DOW-UAP-D63, Mission Report, Strait of Hormuz, October 2020
Agency: Department of War
Incident date: 10/1/20
Incident location: Strait of Hormuz
Page 4
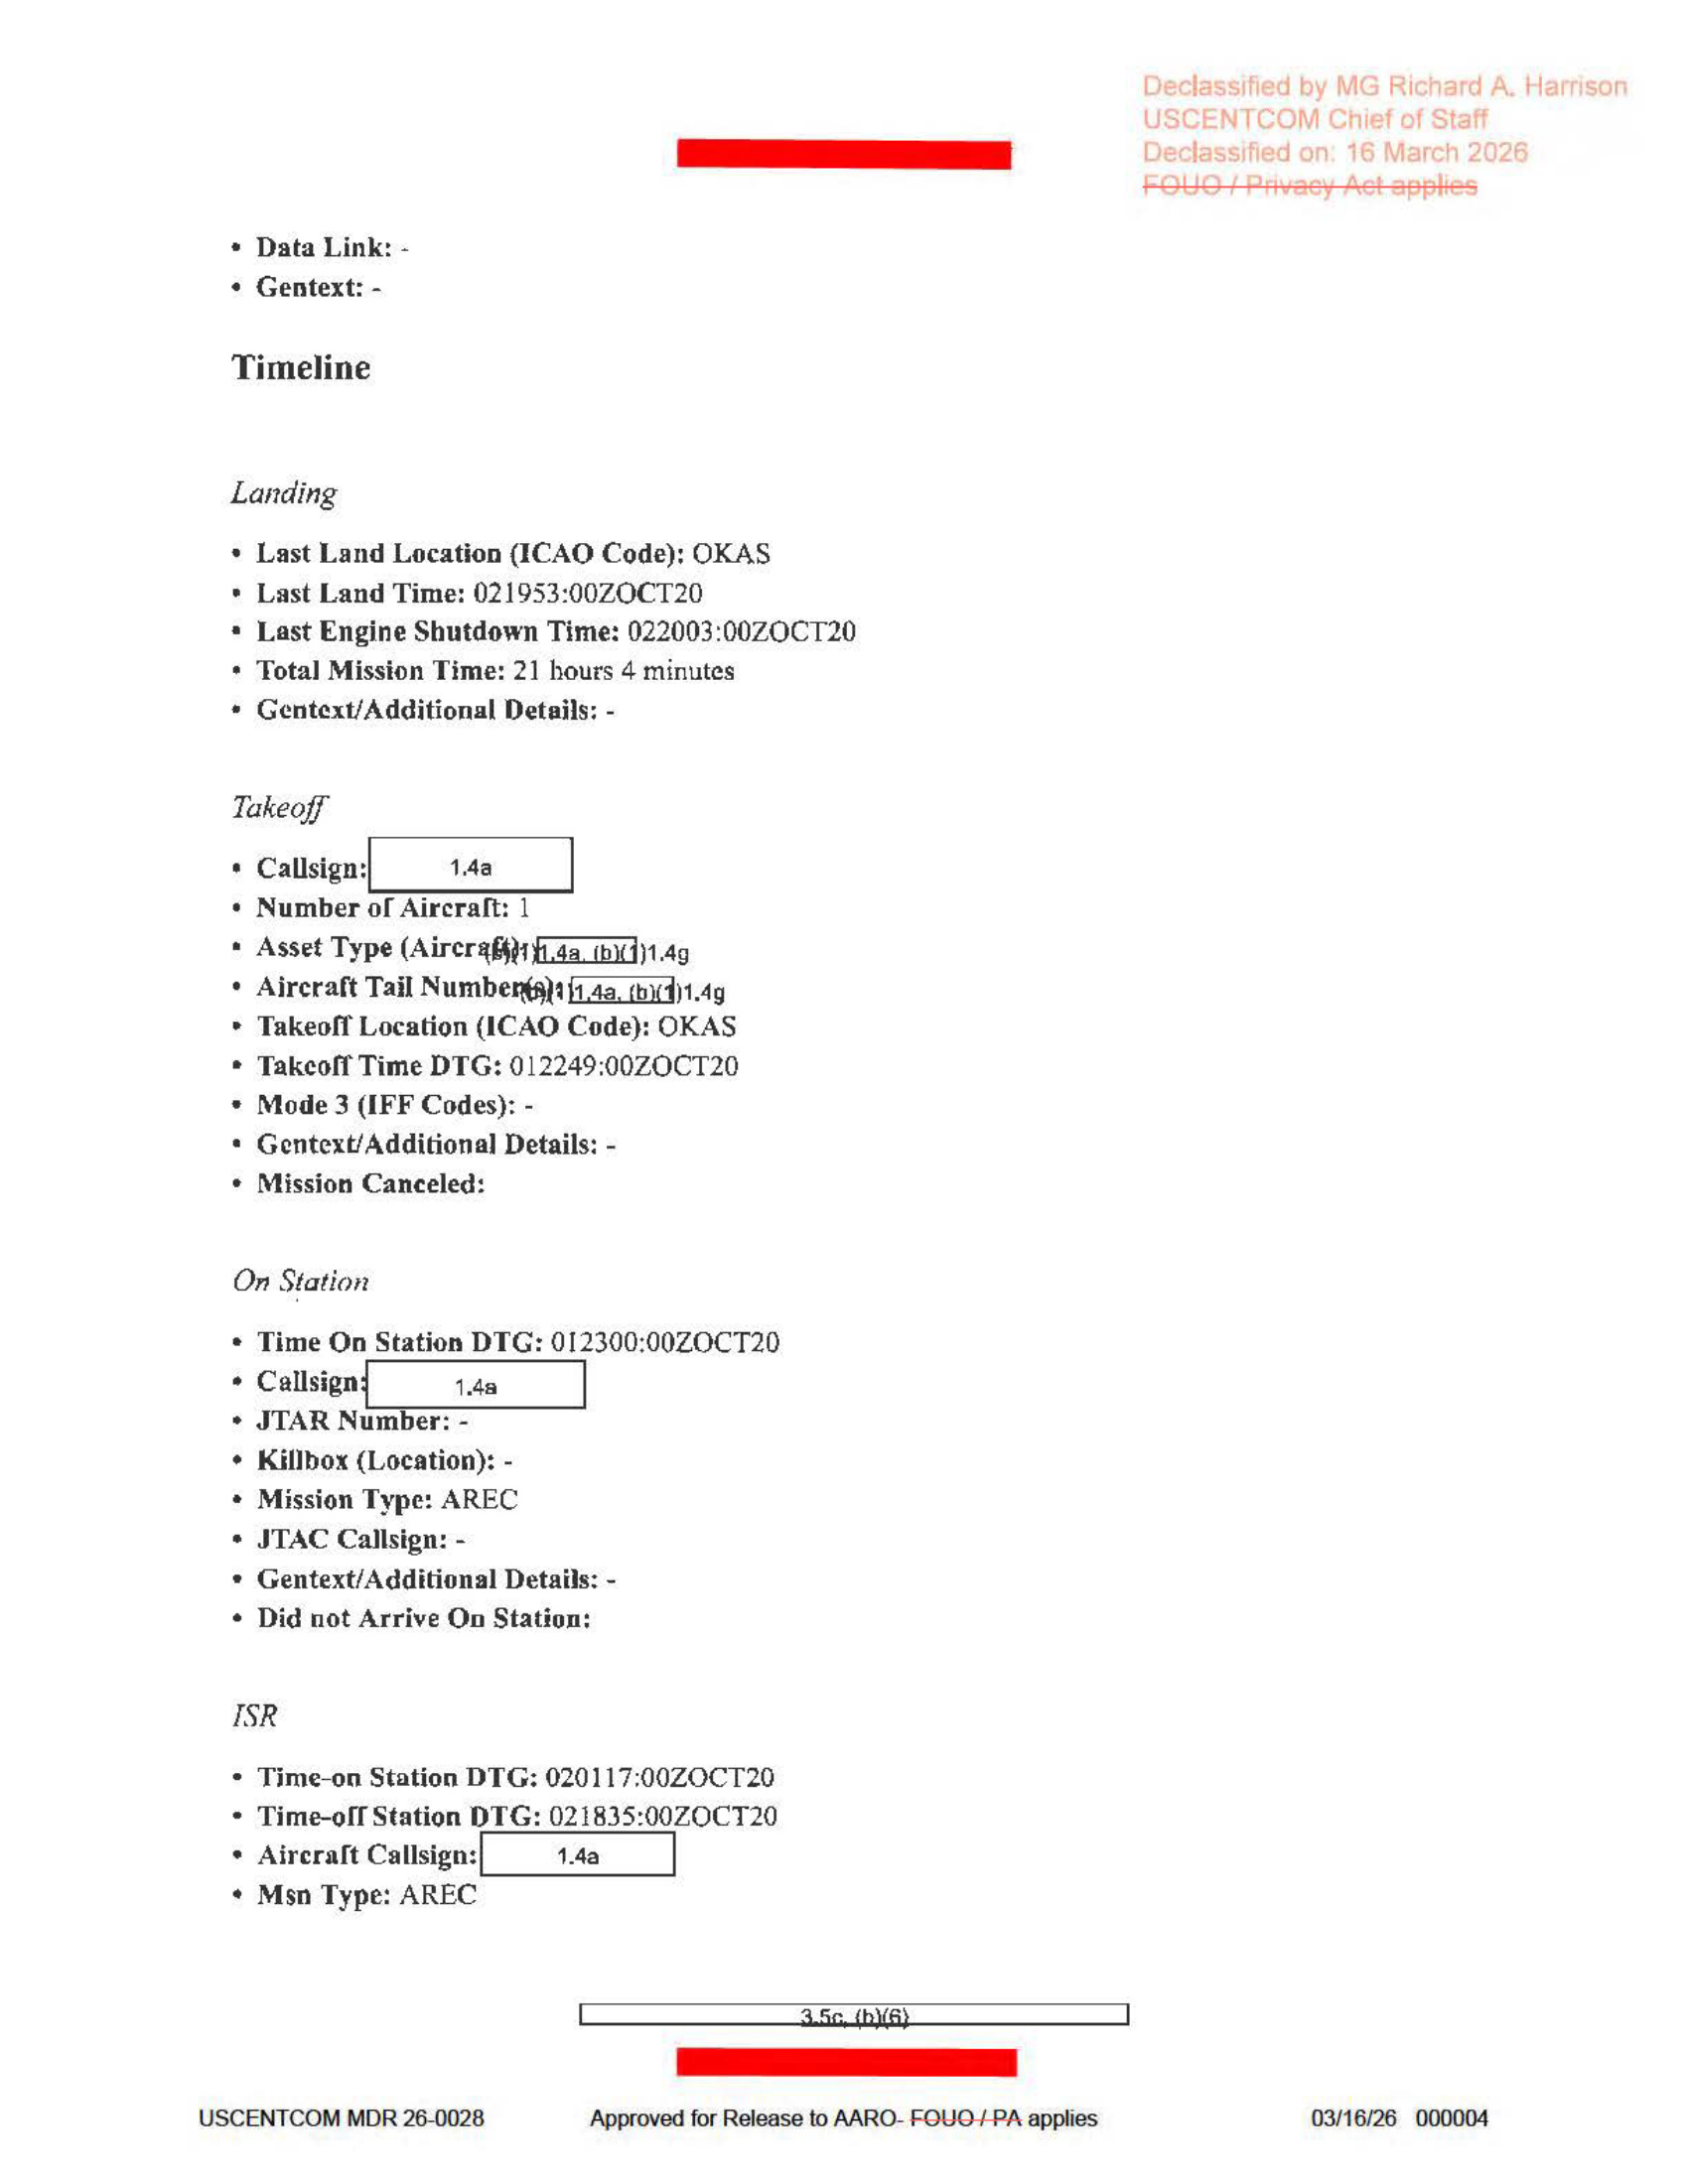